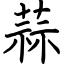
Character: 蒜